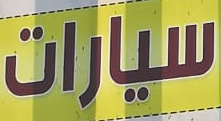
سيارات